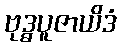
ဗုဒ္ဓပူဇာယိဒံ